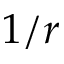
1 / r